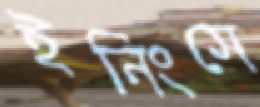
ইনিংসে